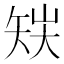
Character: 𥎽